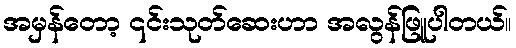
အမှန်တော့ ၎င်းသုတ်ဆေးဟာ အလွန်ဖြူပါတယ်။